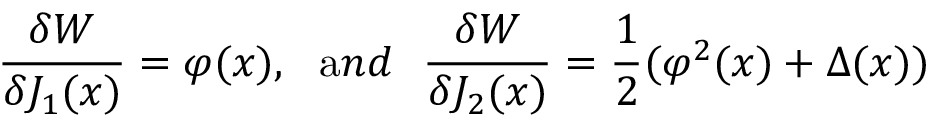
\frac { \delta W } { \delta J _ { 1 } ( x ) } = \varphi ( x ) , ~ ~ { \mathrm { a } n d } ~ ~ \frac { \delta W } { \delta J _ { 2 } ( x ) } = \frac { 1 } { 2 } ( \varphi ^ { 2 } ( x ) + \Delta ( x ) )